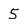
Character: 5